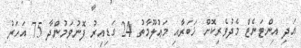
އަދި އިންޓަނެޓް މެދުވެރިކޮށް ޚަބަރާއި މަޢުލޫމާތު 24 ގަޑިއިރު ފޮނުވަމުންދާ 75 އަހަރު